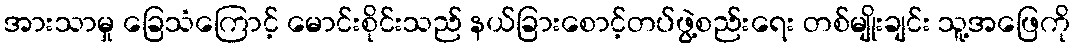
အားသာမှု ခြေသံကြောင့် မောင်းစိုင်းသည် နယ်ခြားစောင့်တပ်ဖွဲ့စည်းရေး တစ်မျိုးချင်း သူ့အဖြေကို